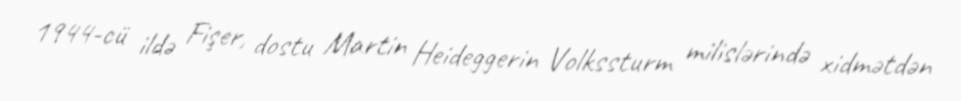
1944-cü ildə Fişer, dostu Martin Heideggerin Volkssturm milislərində xidmətdən